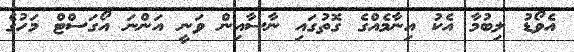
އެވޯޑު ލިބުމާ އެކު އިނާމެއްގެ ގޮތުގައި ނާސާއިން ވަނީ އަންނަ އޯގަސްޓް މަހުގެ